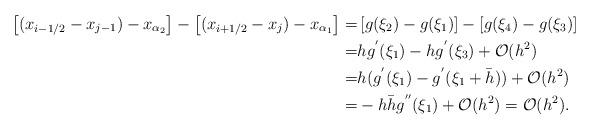
LaTeX: \begin{align*}\left[({x_{i-1/2}-x_{j-1}})-x_{\alpha_{2}}\right]- \left[({x_{i+1/2}-x_j})-x_{\alpha_{1}}\right]=& \left[g(\xi_2)-g(\xi_1)\right]- \left[g(\xi_4)-g(\xi_3)\right]\\=& h g^{'}(\xi_1) - h g^{'}(\xi_3) + {\cal O}(h^2)\\=& h(g^{'}(\xi_1)- g^{'}(\xi_1+\bar{h})) + {\cal O}(h^2)\\ =& -h\bar{h}g^{''}(\xi_1)+{\cal O}(h^2)= {\cal O}(h^2). \end{align*}